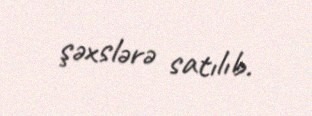
şəxslərə satılıb.